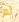
لم